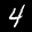
Label: 4